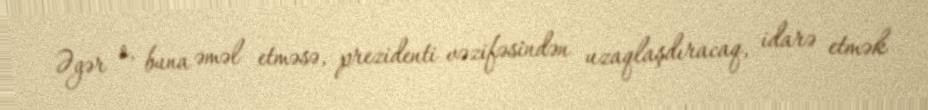
Əgər o, buna əməl etməsə, prezidenti vəzifəsindən uzaqlaşdıracaq, idarə etmək